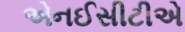
એનઈસીટીએ